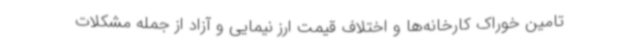
تامین خوراک کارخانه‌ها و اختلاف قیمت ارز نیمایی و آزاد از جمله مشکلات